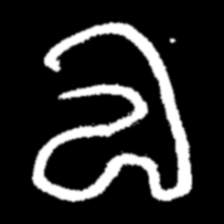
Pyu character \u2014 Myanmar letter: လ (romanized: la)